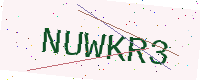
Text: NUWKR3